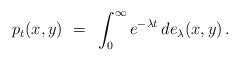
LaTeX: \begin{align*}p_t(x, y)~ =~ \int_0^\infty e^{-\lambda t} \,de_\lambda(x, y)\,.\end{align*}